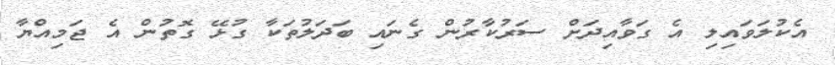
އެކުލަވައިލި އެ ގަވާއިދަށް ސަރުކާރުން ގެނައި ބަދަލުތަކާ ގުޅޭ ގޮތުން އެ ޖަމިއްޔާ